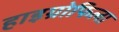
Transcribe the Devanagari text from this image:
हाइग्रोफिला